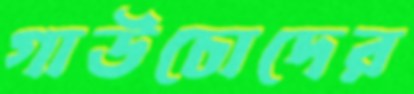
গাউচোদের